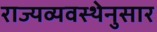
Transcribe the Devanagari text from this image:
राज्यव्यवस्थेनुसार